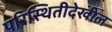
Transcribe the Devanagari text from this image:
परिस्थितीदेखील